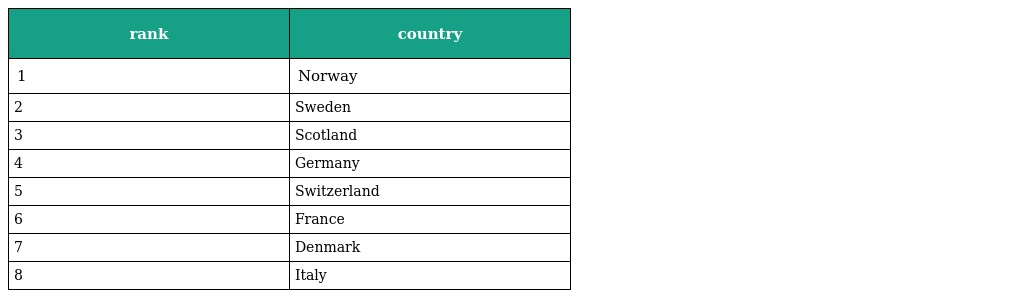
| rank | country |
 | --- | --- |
 | 1 | Norway |
 | 2 | Sweden |
 | 3 | Scotland |
 | 4 | Germany |
 | 5 | Switzerland |
 | 6 | France |
 | 7 | Denmark |
 | 8 | Italy |